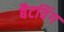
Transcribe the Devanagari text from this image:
बैटविंग